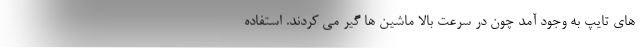
های تایپ به وجود آمد چون در سرعت بالا ماشین ها گیر می کردند. استفاده